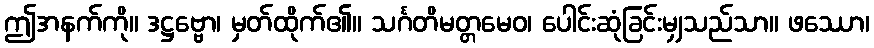
ဤအနက်ကို။ ဒဋ္ဌဗ္ဗော၊ မှတ်ထိုက်၏။ သင်္ဂတိမတ္တမေဝ၊ ပေါင်းဆုံခြင်းမျှသည်သာ။ ဖဿော၊